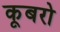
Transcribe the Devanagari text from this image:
कूबरो